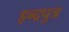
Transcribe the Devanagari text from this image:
इन्द्रपुत्र